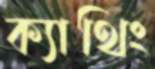
ক্যাথিং